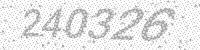
Solution: 240326